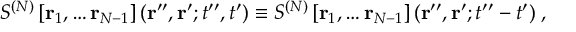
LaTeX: S ^ { ( N ) } \left[ { \bf r } _ { 1 } , \dots { \bf r } _ { N - 1 } \right] ( { \bf r } ^ { \prime \prime } , { \bf r } ^ { \prime } ; t ^ { \prime \prime } , t ^ { \prime } ) \equiv S ^ { ( N ) } \left[ { \bf r } _ { 1 } , \dots { \bf r } _ { N - 1 } \right] ( { \bf r } ^ { \prime \prime } , { \bf r } ^ { \prime } ; t ^ { \prime \prime } - t ^ { \prime } ) \; ,